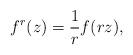
LaTeX: \begin{align*}f^r(z)=\frac{1}{r}f(rz),\end{align*}